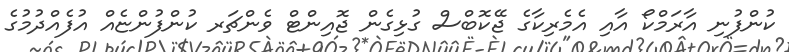
ކުންފުނި އާރަމްކޯ އާއި އެމެރިކާގެ ޖޭކޮބްސް ގުޅިގެން ޖޮއިންޓް ވެންޗަރ ކުންފުންޏެއް އުފެއްދުމުގެ